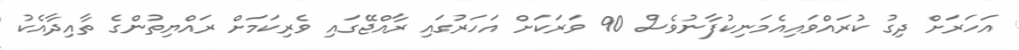
އަހަރަށް ދިގު ކުރައްވައިއެމަނިކުފާނުވެސް 90 ވަރަކަށް އަަހަރުގައި ރާއްޖޭގައި ވެރިކަމަށް ރައްޔިތުންގެ ތާއިދާއެކު